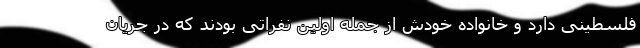
فلسطینی دارد و خانواده خودش از جمله اولین نفراتی بودند که در جریان